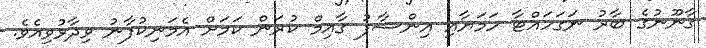
ގާނޫނުގެ ބާރު ނަގަހައްޓާ ހަމަޔާއި އިންސާފު ގާއިމް ކުރަން ކަމަށް އެމަނިކުފާނު ވިދާޅުވިއެވެ.